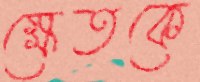
ক্ষেতকে